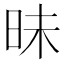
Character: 昧